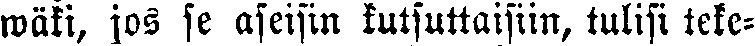
wäki, jos se aseisin kutsuttaisiin, tulisi teke-